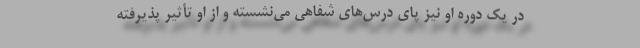
در یک دوره او نیز پای درس‌های شفاهی می‌نشسته و از او تأثیر پذیرفته